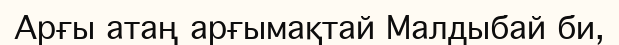
Арғы атаң арғымақтай Малдыбай би,